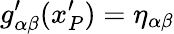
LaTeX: g_{\alpha\beta}^{\prime}(x_{P}^{\prime})=\eta_{\alpha\beta}